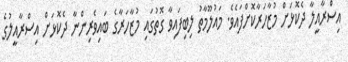
އިސްރާއީލާ ދެކޮޅަށް މުޒާހަރާކޮށްފައެވެ. މައުލޫމާތު ލިބިފައިވާ ގޮތުގައި މުޒާހަރާގެ ބައިވެރިންނާ ދެކޮޅަށް އިސްރާއީލުގެ